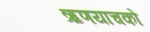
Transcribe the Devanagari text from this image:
ऋणयाचकों